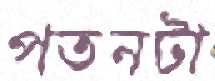
পতনটা